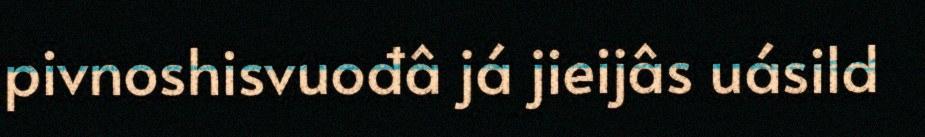
pivnoshisvuođâ já jieijâs uásild